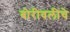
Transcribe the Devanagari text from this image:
बोरीवलीचे